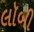
લૉબી